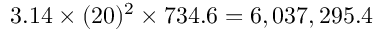
3 . 1 4 \times ( 2 0 ) ^ { 2 } \times 7 3 4 . 6 = 6 , 0 3 7 , 2 9 5 . 4